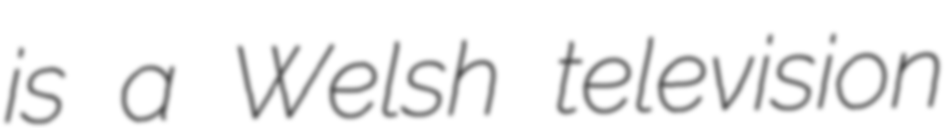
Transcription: is a Welsh television